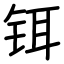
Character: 铒